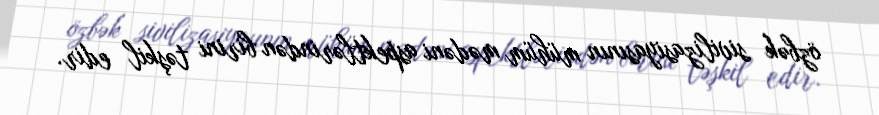
özbək sivilizasiyasının mühüm mədəni aspektlərindən birini təşkil edir.